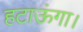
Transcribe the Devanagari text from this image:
हटाऊंगा।